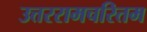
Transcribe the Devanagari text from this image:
उत्तररामचरितम